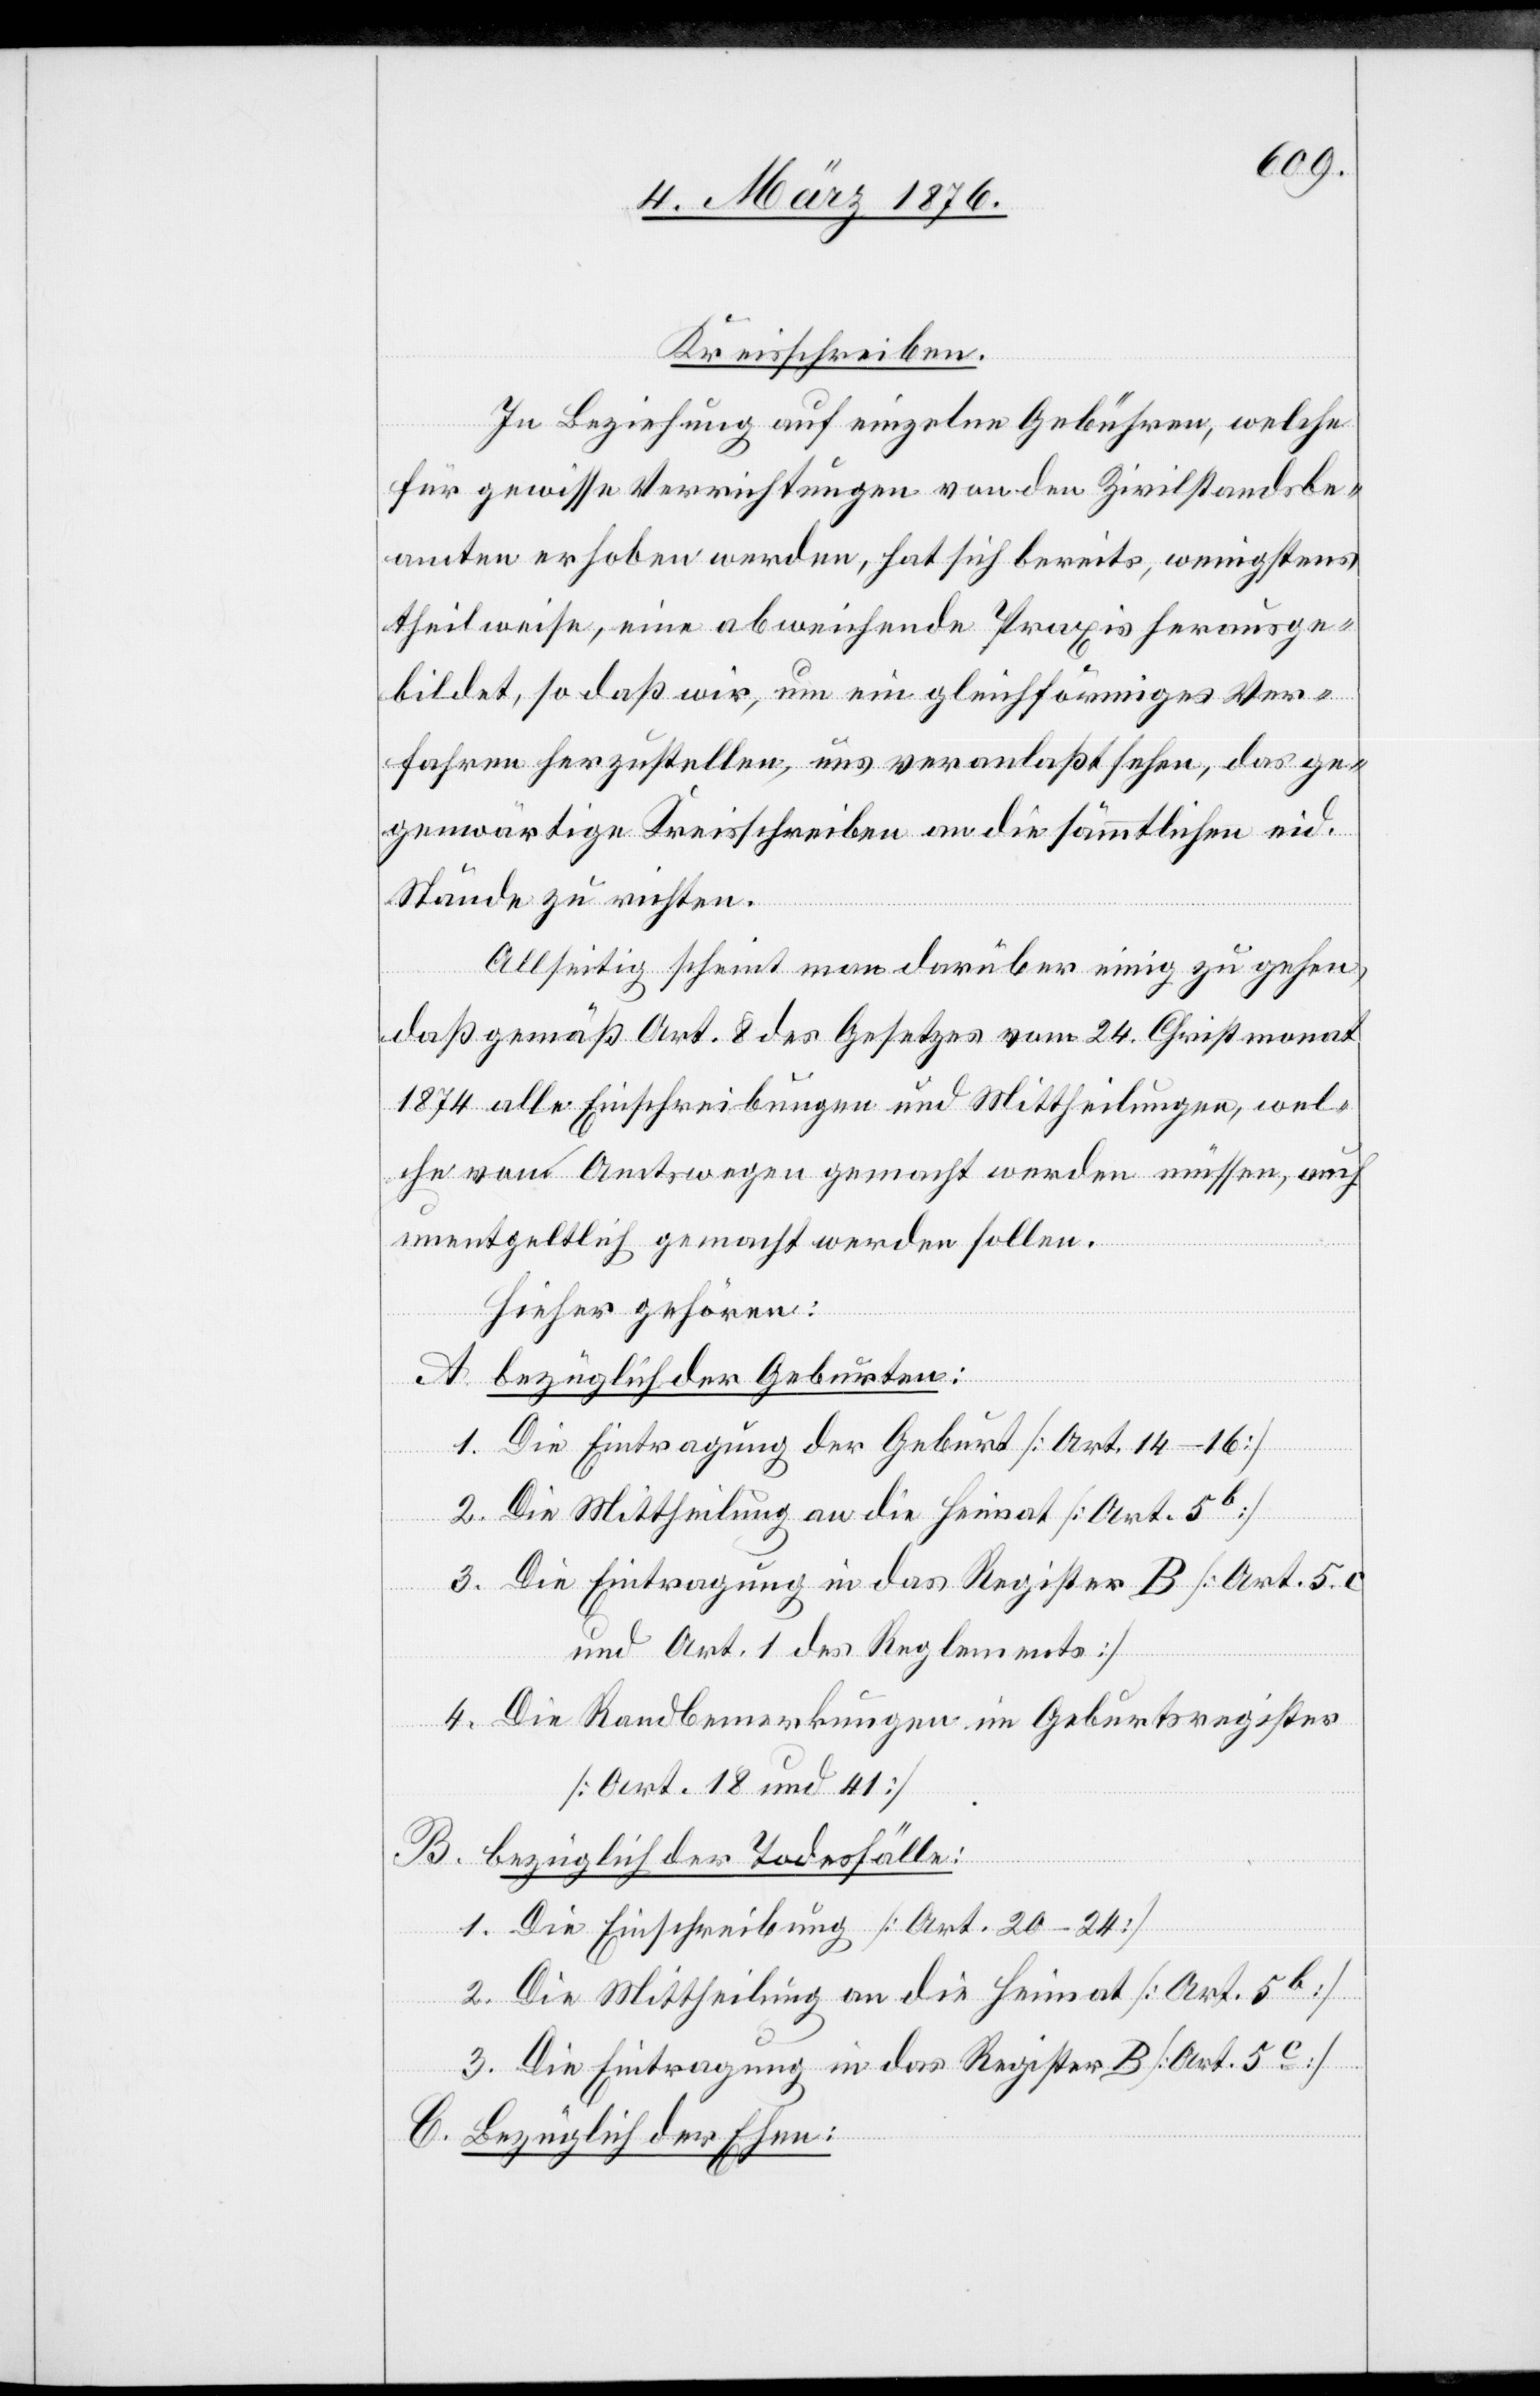
Kreisschreiben.
In Beziehung auf einzelne Gebühren, welche
für gewisse Verrichtungen von den Zivilstandsbe¬
amten erhoben werden, hat sich bereits, wenigstens
theilweise, eine abweichende Praxis herausge¬
bildet, so daß wir, um ein geleichförmiges Ver¬
fahren herzustellen, uns veranlasst haben, das ge¬
genwärtige Kreisschreiben an die sämmtlichen eid.
Stände zu richten.
Allseitig scheint man darüber einig zu gehen,
daß gemäß Art. 8 des Gesetzes vom 24. Christmonat
1874 alle Einschreibungen und Mittheilungen, wel¬
unentgeltlich gemacht werden sollen.
Hieher gehören:
A. bezüglich der Geburten:
1. Die Eintragung der Geburt [Art. 14–16]
auch
3. Die Eintragung in das Register B [Art. 5 c
sen,
und Art. 1 des Reglements]
4. Die Randbemerkungen im Geburtsregister
[Art. 18 und 41]
B. bezüglich der Todesfälle:
1. Die Einschreibung [Art. 20–24]
2. Die Mittheilung an die Heimat [Art. 5b]
3. Die Eintragung in das Register B [Art. 5c]
C. Bezüglich der Ehen: